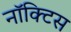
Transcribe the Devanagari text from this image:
नॉक्टिस